Rangoon Lunatic Asylum 1878-1892 - 1878-1892
Year: 1878
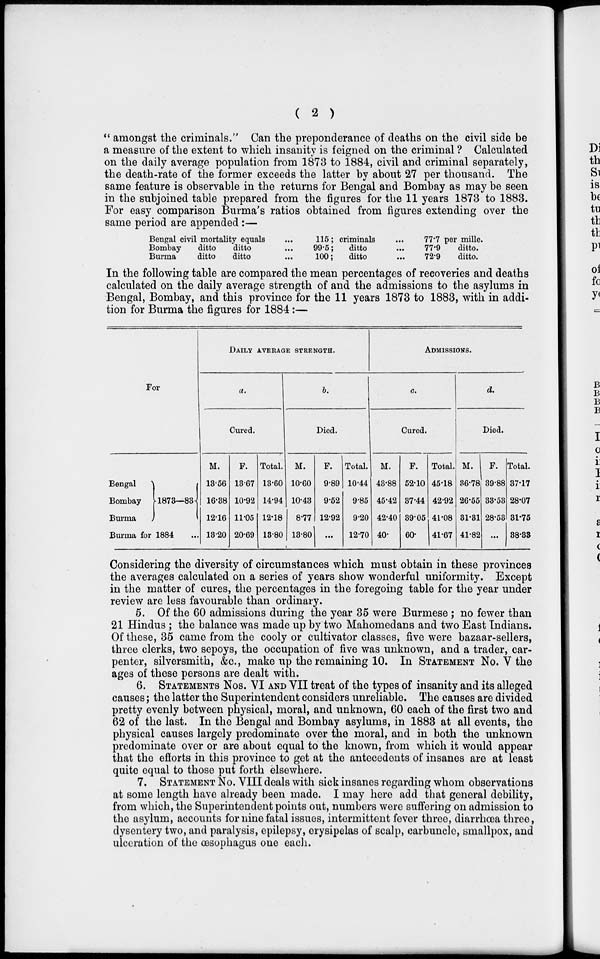
( 2 )
" amongst the criminals." Can the preponderance of deaths on the civil side be
a measure of the extent to which insanity is feigned on the criminal ? Calculated
on the daily average population from 1873 to 1884, civil and criminal separately,
the death-rate of the former exceeds the latter by about 27 per thousand. The
same feature is observable in the returns for Bengal and Bombay as may be seen
in the subjoined table prepared from the figures for the 11 years 1873 to 1883.
For easy comparison Burma's ratios obtained from figures extending over the
same period are appended :—
Bengal civil mortality equals ...
Bombay
ditto
ditto ...
Burma
ditto
ditto ...
115; criminals ...
99.5;
ditto ...
100;
ditto ...
77.7 per mille.
77.9
ditto.
72.9
ditto.
In the following table are compared the mean percentages of recoveries and deaths
calculated on the daily average strength of and the admissions to the asylums in
Bengal, Bombay, and this province for the 11 years 1873 to 1883, with in addi-
tion for Burma the figures for 1884:—
For
Bengal
Bombay
Burma
1873—83
Burma for 1884 ...
DAILY AVERAGE STRENGTH.
a.
Cured.
M.
13.56
16.38
12.16
13.20
F.
13.67
10.92
11.05
20.69
Total.
13.60
14.94
12.18
13.80
b.
Died.
M.
10.60
10.43
8.77
13.80
F.
9.89
9.52
12.92
...
Total.
10.44
9.85
9.20
12.70
ADMISSIONS.
c.
Cured.
M.
43.88
45.42
42.40
40.
F.
52.10
37.44
39.05
60.
Total.
45.18
42.92
41.08
41.67
d.
Died.
M.
36.78
26.55
31.31
41.82
F.
39.88
33.53
28.53
...
Total.
37.17
28.07
31.75
38.33
Considering the diversity of circumstances which must obtain in these provinces
the averages calculated on a series of years show wonderful uniformity. Except
in the matter of cures, the percentages in the foregoing table for the year under
review are less favourable than ordinary.
5. Of the 60 admissions during the year 35 were Burmese ; no fewer than
21 Hindus ; the balance was made up by two Mahomedans and two East Indians.
Of these, 35 came from the cooly or cultivator classes, five were bazaar-sellers,
three clerks, two sepoys, the occupation of five was unknown, and a trader, car-
penter, silversmith, &c., make up the remaining 10. In STATEMENT No. V the
ages of these persons are dealt with.
6. STATEMENTS Nos. VI AND VII treat of the types of insanity and its alleged
causes; the latter the Superintendent considers unreliable. The causes are divided
pretty evenly between physical, moral, and unknown, 60 each of the first two and
62 of the last. In the Bengal and Bombay asylums, in 1883 at all events, the
physical causes largely predominate over the moral, and in both the unknown
predominate over or are about equal to the known, from which it would appear
that the efforts in this province to get at the antecedents of insanes are at least
quite equal to those put forth elsewhere.
7. STATEMENT No. VIII deals with sick insanes regarding whom observations
at some length have already been made. I may here add that general debility,
from which, the Superintendent points out, numbers were suffering on admission to
the asylum, accounts for nine fatal issues, intermittent fever three, diarrhœa three,
dysentery two, and paralysis, epilepsy, erysipelas of scalp, carbuncle, smallpox, and
ulceration of the œsophagus one each.